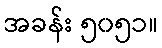
အခန်း ၅၀၅၁။